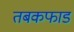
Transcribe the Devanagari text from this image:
तबकफाड